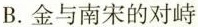
B.金与南宋的对峙